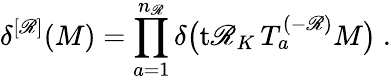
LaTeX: \delta^{[\mathscr{R}]}(M)=\prod_{a=1}^{n_{\mathscr{R}}}\delta\big(\mathrm{{t\mathscr{R}}}_{K}\, T_{a}^{(-\mathscr{R})}M\big)\ .